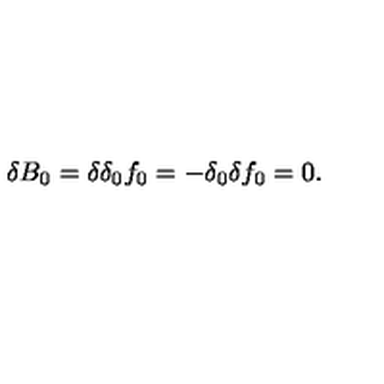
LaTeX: \delta B _ { 0 } = \delta \delta _ { 0 } f _ { 0 } = - \delta _ { 0 } \delta f _ { 0 } = 0 .